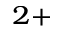
^ { 2 + }